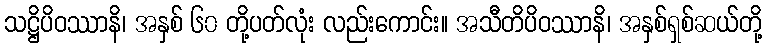
သဋ္ဌိပိဝဿာနိ၊ အနှစ် ၆၀ တို့ပတ်လုံး လည်းကောင်း။ အသီတိပိဝဿာနိ၊ အနှစ်ရှစ်ဆယ်တို့